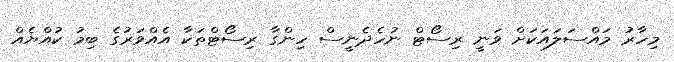
މިހާރު މައްސަލައަކަށް ވަނީ ރިސޯޓް ނުހެދެނީސް ހިންގާ ރިސޯޓްތަކާ އެއްވަރުގެ ބިމު ކުއްޔެއް